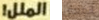
الملل! المعين